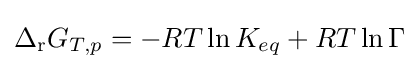
\Delta _{\mathrm {r} }G_{T,p}=-RT\ln K_{eq}+RT\ln \Gamma